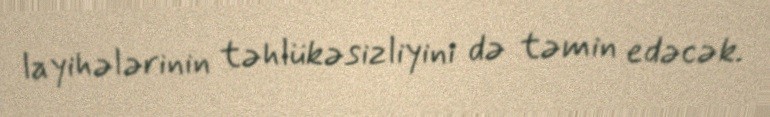
layihələrinin təhlükəsizliyini də təmin edəcək.